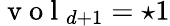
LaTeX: \mathrm{~v~o~l~}_{d+1}=\star 1